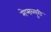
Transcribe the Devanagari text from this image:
मेप्सब्युरी